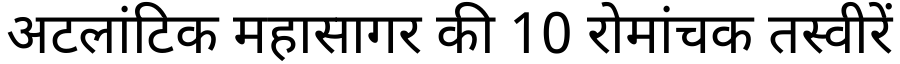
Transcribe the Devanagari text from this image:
अटलांटिक महासागर की 10 रोमांचक तस्वीरें